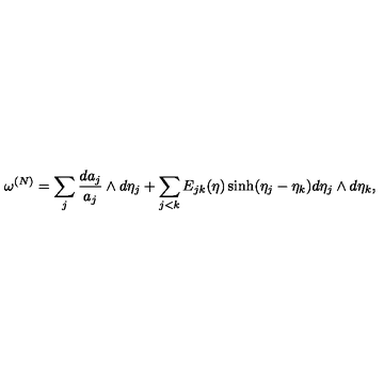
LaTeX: \omega \sp { ( N ) } = \sum _ { j } \frac { d a _ { j } } { a _ { j } } \wedge d \eta _ { j } + \sum _ { j < k } E _ { j k } ( \eta ) \sinh ( \eta _ { j } - \eta _ { k } ) d \eta _ { j } \wedge d \eta _ { k } ,